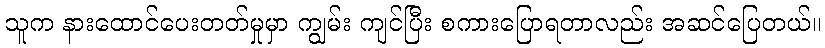
သူက နားထောင်ပေးတတ်မှုမှာ ကျွမ်း ကျင်ပြီး စကားပြောရတာလည်း အဆင်ပြေတယ်။